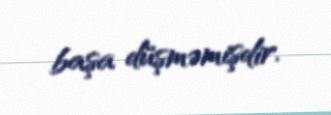
başa düşməmişdir.